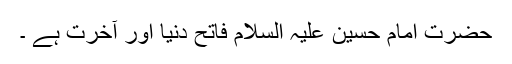
حضرت امام حسین علیہ السلام فاتح دنیا اور آخرت ہے ۔